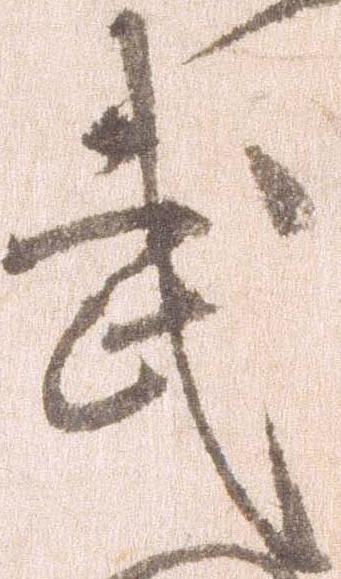
武